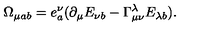
\Omega _ { \mu a b } = e _ { a } ^ { \nu } ( \partial _ { \mu } E _ { \nu b } - \Gamma _ { \mu \nu } ^ { \lambda } E _ { \lambda b } ) .